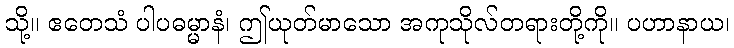
သို့။ ဧတေသံ ပါပဓမ္မာနံ၊ ဤယုတ်မာသော အကုသိုလ်တရားတို့ကို။ ပဟာနာယ၊